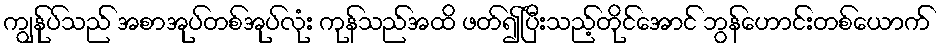
ကျွန်ုပ်သည် အစာအုပ်တစ်အုပ်လုံး ကုန်သည်အထိ ဖတ်၍ပြီးသည့်တိုင်အောင် ဘွန်ဟောင်းတစ်ယောက်